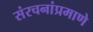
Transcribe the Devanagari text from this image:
संरचनांप्रमाणे